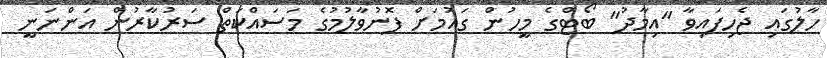
ހާލުގައި ޖެހިފައިވާ "އިމާދު" ބޯޓްގެ މީހުން ގައުމަށް ފޮނުވާލުމުގެ މަސައްކަތް ސަރުކާރުން އަންނަނީ